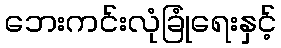
ဘေးကင်းလုံခြုံရေးနှင့်